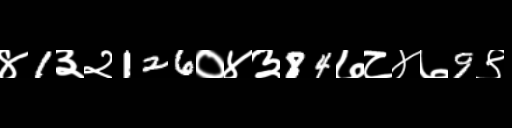
Text: ४1३२126०४३84७८४७9९